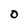
Character: O